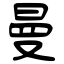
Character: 曼